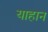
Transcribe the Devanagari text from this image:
याहान